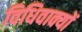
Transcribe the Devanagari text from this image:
विधिवाक्यों